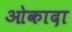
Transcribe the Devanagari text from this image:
ओकादा